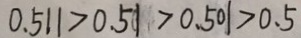
0 . 5 1 1 > 0 . 5 1 > 0 . 5 0 1 > 0 . 5